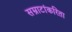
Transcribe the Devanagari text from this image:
सम्राटांकरिता